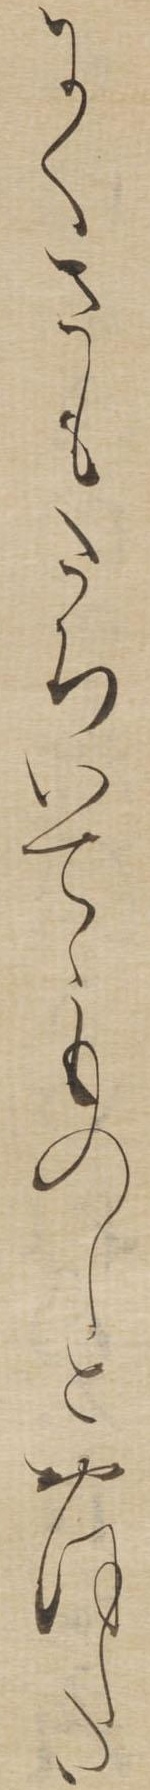
にくさもたちいてゝものしとおほした